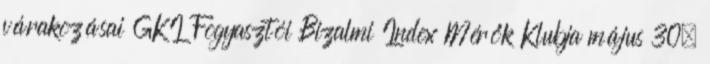
várakozásai GKI Fogyasztói Bizalmi Index Mérők Klubja május 30.